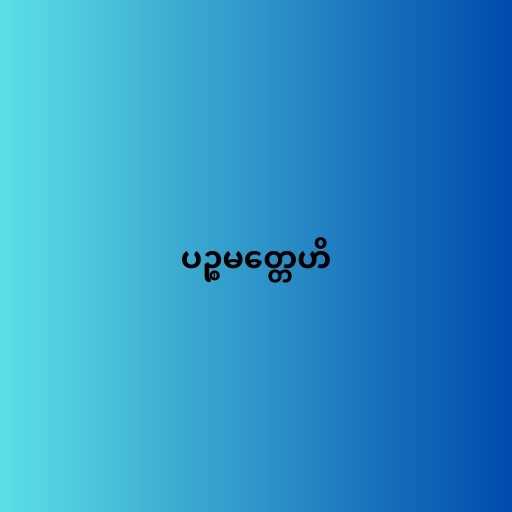
ပဉ္စမတ္တေဟိ